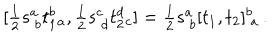
LaTeX: [ \textstyle { \frac { 1 } { 2 } } s _ { ~ b } ^ { a } t _ { 1 } ^ { b } { } _ { a } , \textstyle { \frac { 1 } { 2 } } s _ { ~ d } ^ { c } t _ { 2 } ^ { d } { } _ { c } ] = \textstyle { \frac { 1 } { 2 } } s _ { ~ b } ^ { a } [ t _ { 1 } , t _ { 2 } ] _ { ~ a } ^ { b } \, .